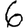
Digit: 6